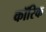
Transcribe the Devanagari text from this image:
कॉरिक